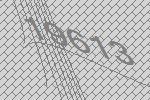
19613